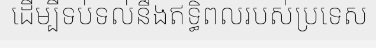
ដើម្បីទប់ទល់នឹងឥទ្ធិពលរបស់ប្រទេស